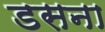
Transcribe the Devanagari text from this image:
डसना